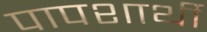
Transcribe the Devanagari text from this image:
पापशार्थी